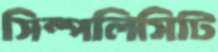
সিম্পলিসিটি